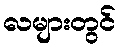
လများတွင်